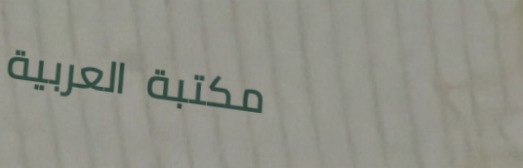
مكتبة العربية